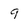
Character: 9